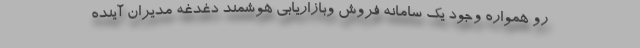
رو همواره وجود یک سامانه فروش وبازاریابی هوشمند دغدغه مدیران آینده